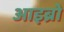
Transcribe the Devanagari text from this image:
आइब्रो